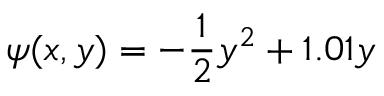
\psi ( x , y ) = - \frac { 1 } { 2 } y ^ { 2 } + 1 . 0 1 y